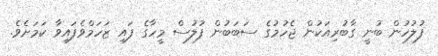
ފުލުހުން ބުނީ ގާބުރިއަކުން ޖެހުމުގެ ސަބަބުން ފުލުސް މީހާގެ ފައި ޒަހަމްވެފައިވާ ކަމަށެވެ.